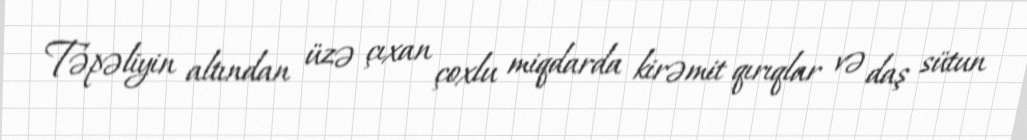
Təpəliyin altından üzə çıxan çoxlu miqdarda kirəmit qırıqlar və daş sütun